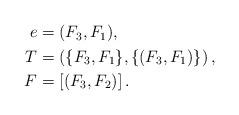
LaTeX: \begin{align*}\begin{aligned} e&=(F_3,F_1),\\ T&=\left(\{F_3,F_1\},\{(F_3,F_1)\}\right),\\ F&= \left[(F_3,F_2)\right].\end{aligned}\end{align*}